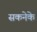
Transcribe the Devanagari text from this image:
सकनेके